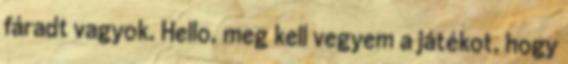
fáradt vagyok. Hello, meg kell vegyem a játékot, hogy